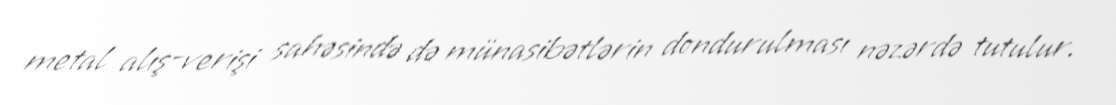
metal alış-verişi sahəsində də münasibətlərin dondurulması nəzərdə tutulur.